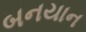
બનયાન